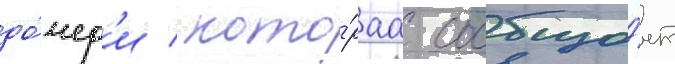
до́чер'и / кото́раа сообща́ет